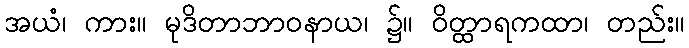
အယံ၊ ကား။ မုဒိတာဘာဝနာယ၊ ၌။ ဝိတ္ထာရကထာ၊ တည်း။